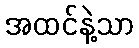
အထင်နဲ့သာ